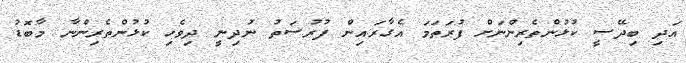
އަދި ބިދޭސީ ކުޅުންތެރިންނަށް ފުރަތަމަ އެގާރައިން ފުރުސަތު ނުދިނީ ދިވެހި ކުޅުންތެރިންނާ މާބޮޑު